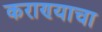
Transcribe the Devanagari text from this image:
कराण्याचा